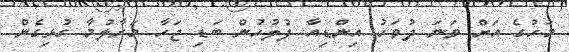
މަހުގެ އަށް ވަނަ ދުވަހު އިންޑިއާ ފުލުހުން ބަޑި ޖަހާ މަރާލުމާ ގުޅިގެން